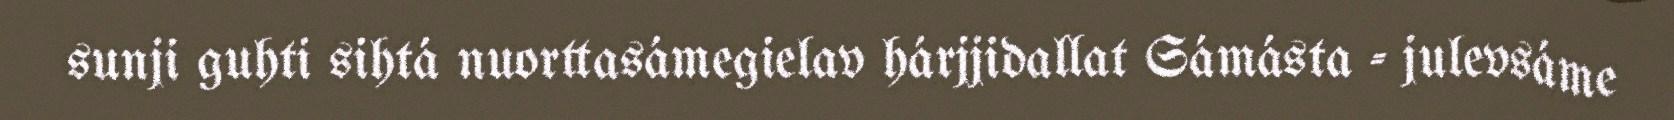
sunji guhti sihtá nuorttasámegielav hárjjidallat Sámásta - julevsáme